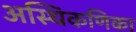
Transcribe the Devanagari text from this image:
अस्थिकणिका